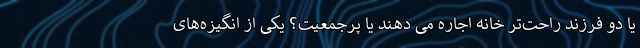
یا دو فرزند راحت‌تر خانه اجاره می دهند یا پرجمعیت؟ یکی از انگیزه‌های